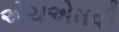
એચએમવી